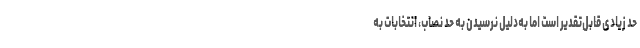
حد زیادی قابل‌تقدیر است اما به‌دلیل نرسیدن به حد نصاب، انتخابات به